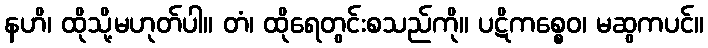
နဟိ၊ ထိုသို့မဟုတ်ပါ။ တံ၊ ထိုရေတွင်းစသည်ကို။ ပဋိကစ္စေဝ၊ မဆွကပင်။